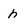
Character: h